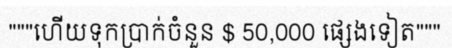
"""ហើយទុកប្រាក់ចំនួន $ 50,000 ផ្សេងទៀត"""